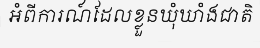
អំពីការណ៍ដែលខ្លួនឃុំឃាំងជាតិ